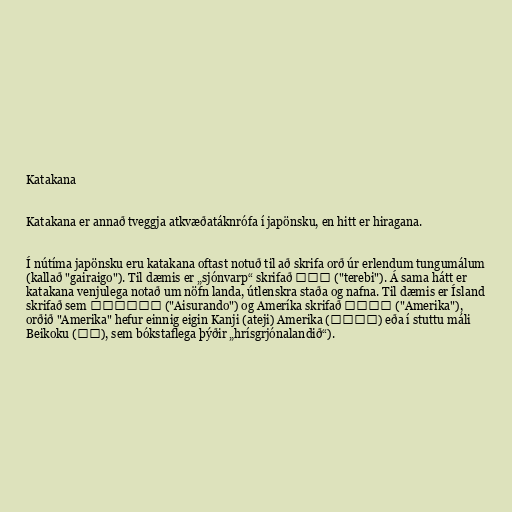
Katakana

Katakana er annað tveggja atkvæðatáknrófa í japönsku, en hitt er hiragana.

Í nútíma japönsku eru katakana oftast notuð til að skrifa orð úr erlendum tungumálum
(kallað "gairaigo"). Til dæmis er „sjónvarp“ skrifað テレビ ("terebi"). Á sama hátt er
katakana venjulega notað um nöfn landa, útlenskra staða og nafna. Til dæmis er Ísland
skrifað sem アイスランド ("Aisurando") og Ameríka skrifað アメリカ ("Amerika"),
orðið "Amerika" hefur einnig eigin Kanji (ateji) Amerika (亜米利加) eða í stuttu máli
Beikoku (米国), sem bókstaflega þýðir „hrísgrjónalandið“).